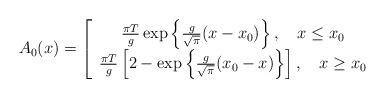
LaTeX: \begin{align*}A_0(x) = \left[ \begin{array}{c} \frac {\pi T}g \exp\left\{\frac g{\sqrt{\pi}}(x - x_0) \right\}, \ \ \ x \leq x_0 \\\frac {\pi T}g \left[ 2- \exp\left\{\frac g{\sqrt{\pi}}(x_0 - x) \right\}\right], \ \ \ x \geq x_0\end{array}\right.\end{align*}